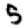
Digit: 5